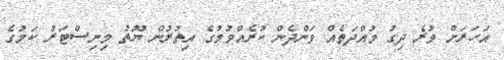
އަހަރަށް ވުރެ ދިގު މުއްދަތެއް ވަންދެން ކުރެއްވުމުގެ އިތުރުން ޔޫތު މިނިސްޓަރު ކަމުގެ